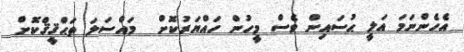
އެހެންނަމަ އަލީ ޙުސައިން ވެސް މީހުން ހައްޔަރުކޮށް  މައްސަލަ ތަޙްޤީޤްކޮށް